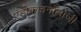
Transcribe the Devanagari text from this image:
एंडोक्राइनॉलोजी